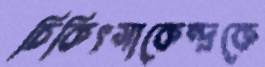
চিকিৎসাকেন্দ্রকে